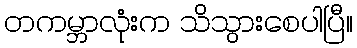
တကမ္ဘာလုံးက သိသွားစေပါပြီ။